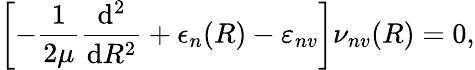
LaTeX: \left[-\frac{1}{2\mu}\frac{\mathrm{d}^{2}}{\mathrm{d}R^{2}}+\epsilon_{n}(R)-\varepsilon_{nv}\right]\nu_{nv}(R)=0,